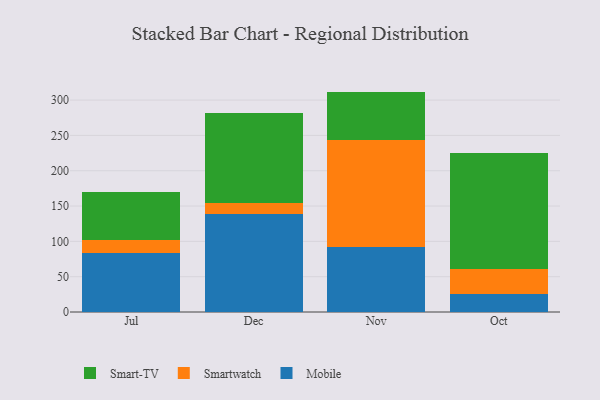
{"axis": {"x": "Month", "y": "Customer Acquisition Cost (USD)"}, "legend": ["Mobile", "Smart-TV", "Smartwatch"], "data": [{"x": "Jul", "y": 83.4, "type": "Mobile"}, {"x": "Jul", "y": 18.3, "type": "Smartwatch"}, {"x": "Jul", "y": 68.2, "type": "Smart-TV"}, {"x": "Dec", "y": 138.5, "type": "Mobile"}, {"x": "Dec", "y": 15.2, "type": "Smartwatch"}, {"x": "Dec", "y": 127.7, "type": "Smart-TV"}, {"x": "Nov", "y": 91.5, "type": "Mobile"}, {"x": "Nov", "y": 152.5, "type": "Smartwatch"}, {"x": "Nov", "y": 68.0, "type": "Smart-TV"}, {"x": "Oct", "y": 25.6, "type": "Mobile"}, {"x": "Oct", "y": 35.3, "type": "Smartwatch"}, {"x": "Oct", "y": 163.9, "type": "Smart-TV"}]}